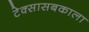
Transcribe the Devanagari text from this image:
टेक्सासबकाला